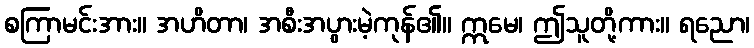
စကြာမင်းအား။ အဟိတာ၊ အစီးအပွားမဲ့ကုန်၏။ ဣမေ၊ ဤသူတို့ကား။ ရညော၊